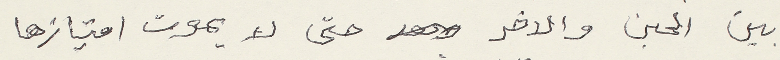
بين الحين والاخر حتى لا يموت امتيازها